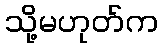
သို့မဟုတ်က